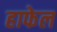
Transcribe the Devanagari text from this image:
हाफेल